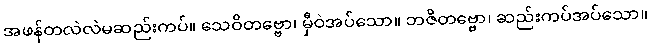
အဖန်တလဲလဲမဆည်းကပ်။ သေဝိတဗ္ဗော၊ မှီဝဲအပ်သော။ ဘဇိတဗ္ဗော၊ ဆည်းကပ်အပ်သော။